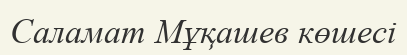
Саламат Мұқашев көшесі